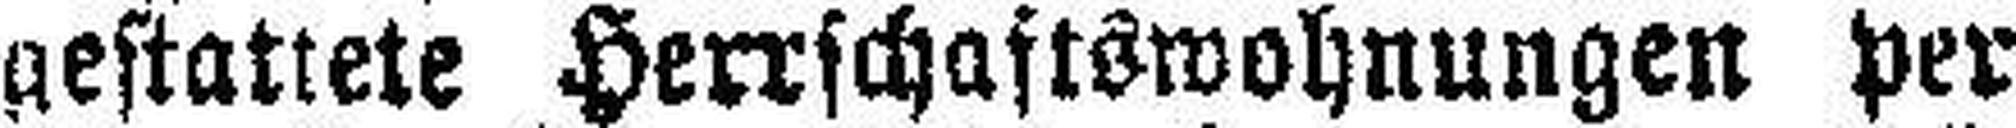
gestattete Herrschaftswohnungen per